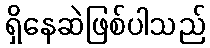
ရှိနေဆဲဖြစ်ပါသည်